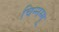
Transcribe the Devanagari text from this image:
चिन्‍नम्‍मू